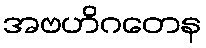
အဗဟိဂတေန